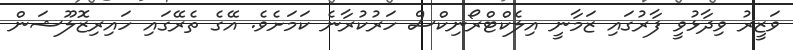
ވަޒީރު ވިދާޅުވީ ފާރުގައި ޒަމާނީ އިލެކްޓްރޯނިކްސް ހަރުކުރާނެ ކަމަށެވެ. އޭގެ ތެރޭގައި ހައިރިޒޮލޫޝަން